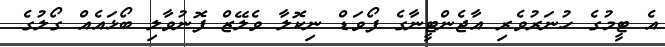
އެ ޓީމުގެ ހުނަރުވެރި އާޖެންޓީނާގެ ފޯވަޑް ނިކޮލާ ވެލޭޒް ފޮނުވާލި ބޯޅައެއް ގޯލުގެ